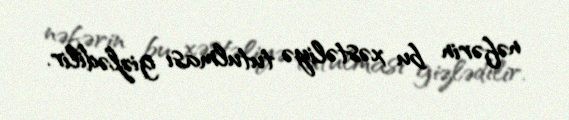
nəfərin bu xəstəliyə tutulması gizlədilir.